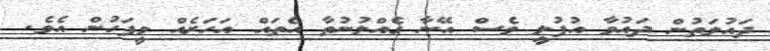
ދައުލަތުން ދައުވާ އުފުލީ ވެސް އޭނާ ގެއްލުނުތާ އެތައް އަހަރެއް ވީފަހުން އެވެ.